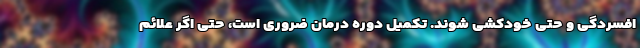
افسردگی و حتی خودکشی شوند. تکمیل دوره درمان ضروری است، حتی اگر علائم